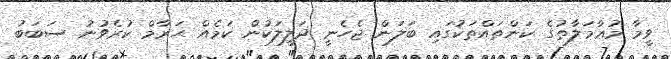
ވީމާ މުޢާމަލާތުގެ ކަންތައްތަކުގައި ބަލަން ޖެހެނީ ދަލީލަކުން ކަމެއް ޙަރާމް ކުރެވުނު ސަބަބު